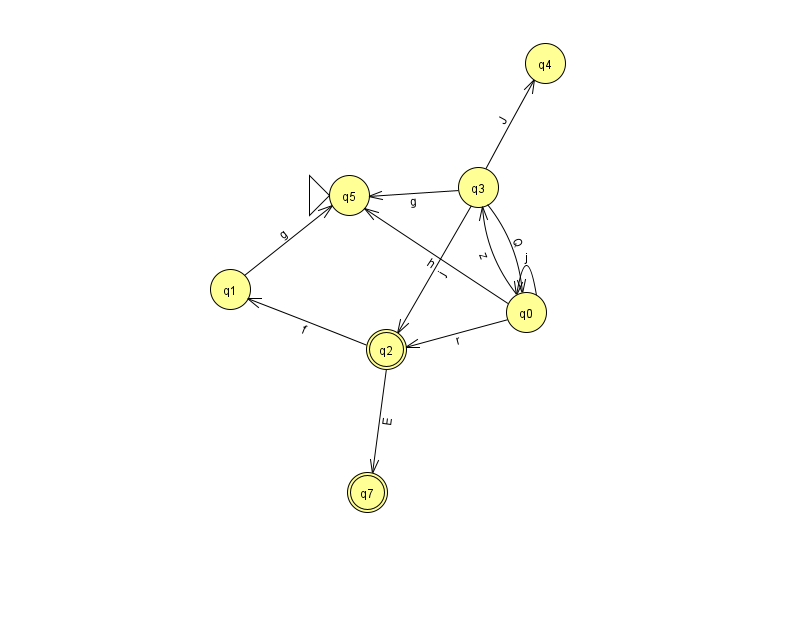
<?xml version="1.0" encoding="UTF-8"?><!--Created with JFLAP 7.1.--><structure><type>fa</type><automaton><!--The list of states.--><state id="0" name="q0"><x>526.0</x><y>299.0</y></state><state id="1" name="q1"><x>230.0</x><y>276.0</y></state><state id="2" name="q2"><x>386.0</x><y>336.0</y><final/></state><state id="3" name="q3"><x>478.0</x><y>174.0</y></state><state id="4" name="q4"><x>545.0</x><y>50.0</y></state><state id="5" name="q5"><x>349.0</x><y>182.0</y><initial/></state><state id="7" name="q7"><x>367.0</x><y>479.0</y><final/></state><!--The list of transitions.--><transition><from>3</from><to>4</to><read>J</read></transition><transition><from>2</from><to>7</to><read>E</read></transition><transition><from>3</from><to>5</to><read>g</read></transition><transition><from>0</from><to>3</to><read>z</read></transition><transition><from>0</from><to>2</to><read>r</read></transition><transition><from>0</from><to>5</to><read>h</read></transition><transition><from>3</from><to>2</to><read>j</read></transition><transition><from>1</from><to>5</to><read>g</read></transition><transition><from>3</from><to>0</to><read>Q</read></transition><transition><from>0</from><to>0</to><read>j</read></transition><transition><from>2</from><to>1</to><read>f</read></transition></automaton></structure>